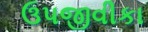
ઉપજીવીકા